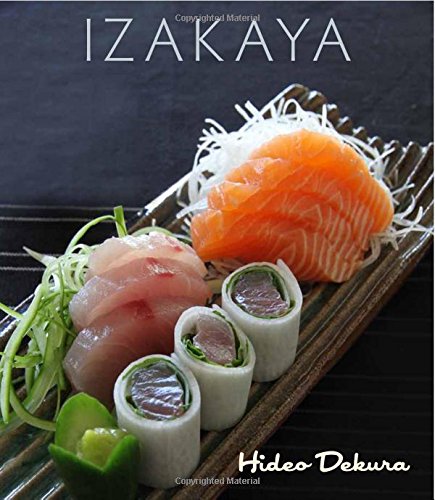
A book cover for Izakaya; Hideo Dekura; Cookbooks, Food & Wine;